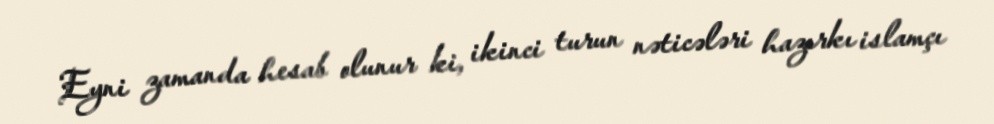
Eyni zamanda hesab olunur ki, ikinci turun nəticələri hazırkı islamçı